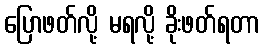
ပြောဖတ်လို့ မရလို့ ခိုးဖတ်ရတာ